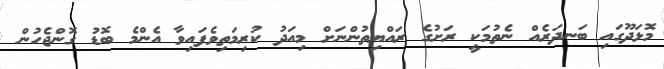
މޮޅަދޫގައި ބަނދަރެއް ނެތުމަކީ ރަށުގެ ރައްޔިތުންނަށް މިއަދު ކުރިމަތިވެފައިވާ އެންމެ ބޮޑު ގޮންޖެހުން